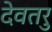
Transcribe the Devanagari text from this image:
देवतरु